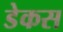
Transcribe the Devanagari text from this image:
डेकस